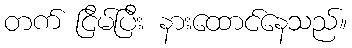
တက် ငြိမ်ပြီး နားထောင်နေသည်။